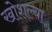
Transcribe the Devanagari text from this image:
खोशल्या